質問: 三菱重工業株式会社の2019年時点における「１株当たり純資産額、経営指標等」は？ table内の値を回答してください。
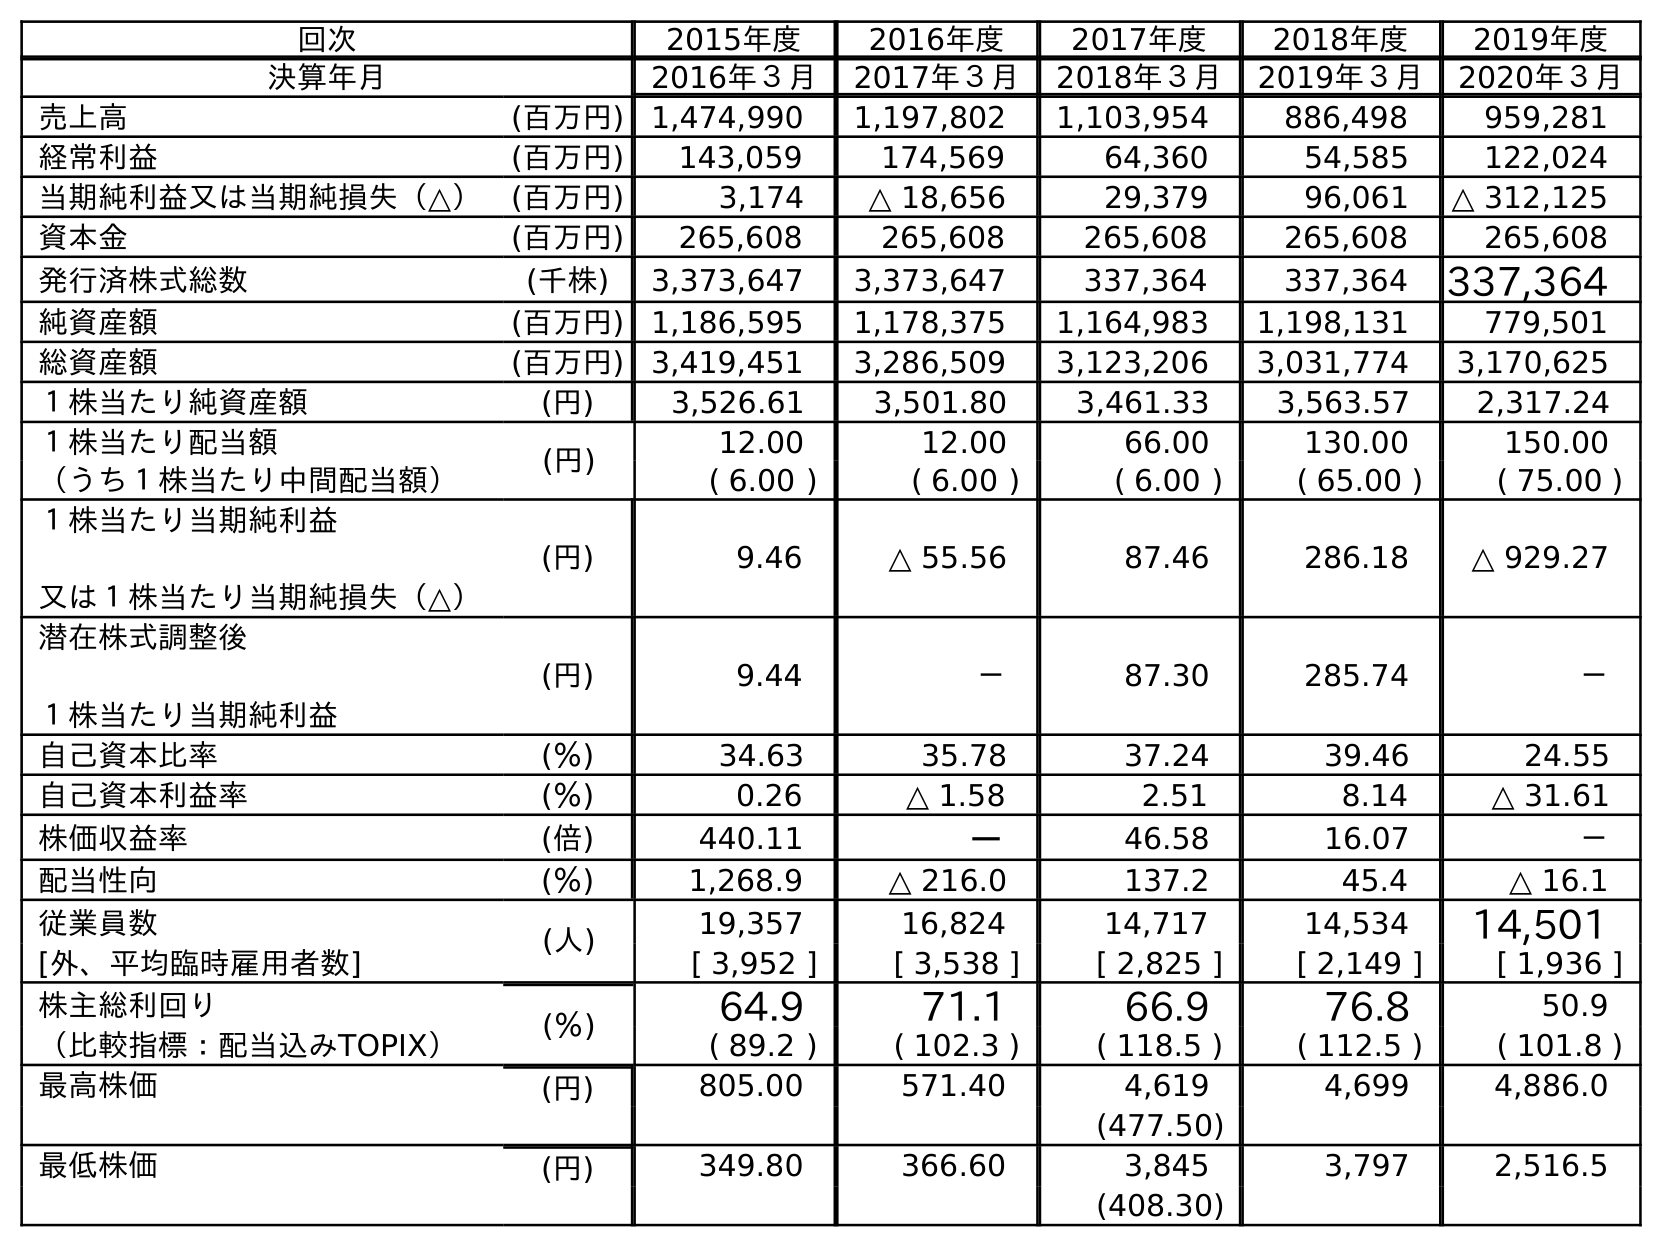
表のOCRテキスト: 回次 2015年度 2016年度 2017年度 2018年度 2019年度 決算年月 2016年３月 2017年３月 2018年３月 2019年３月 2020年３月 売上高 (百万円) 1,474,990 1,197,802 1,103,954 886,498 959,281 経常利益 (百万円) 143,059 174,569 64,360 54,585 122,024 当期純利益又は当期純損失（△） (百万円) 3,174 △ 18,656 29,379 96,061 △ 312,125 資本金 (百万円) 265,608 265,608 265,608 265,608 265,608 発行済株式総数 (千株) 3,373,647 3,373,647 337,364 337,364 337,364 純資産額 (百万円) 1,186,595 1,178,375 1,164,983 1,198,131 779,501 総資産額 (百万円) 3,419,451 3,286,509 3,123,206 3,031,774 3,170,625 １株当たり純資産額 (円) 3,526.61 3,501.80 3,461.33 3,563.57 2,317.24 １株当たり配当額 (円) 12.00 12.00 66.00 130.00 150.00 （うち１株当たり中間配当額） ( 6.00 ) ( 6.00 ) ( 6.00 ) ( 65.00 ) ( 75.00 ) １株当たり当期純利益 又は１株当たり当期純損失（△） (円) 9.46 △ 55.56 87.46 286.18 △ 929.27 潜在株式調整後 １株当たり当期純利益 (円) 9.44 － 87.30 285.74 － 自己資本比率 (％) 34.63 35.78 37.24 39.46 24.55 自己資本利益率 (％) 0.26 △ 1.58 2.51 8.14 △ 31.61 株価収益率 (倍) 440.11 － 46.58 16.07 － 配当性向 (％) 1,268.9 △ 216.0 137.2 45.4 △ 16.1 従業員数 (人) 19,357 16,824 14,717 14,534 14,501 [外、平均臨時雇用者数] [ 3,952 ] [ 3,538 ] [ 2,825 ] [ 2,149 ] [ 1,936 ] 株主総利回り (％) 64.9 71.1 66.9 76.8 50.9 （比較指標：配当込みTOPIX） ( 89.2 ) ( 102.3 ) ( 118.5 ) ( 112.5 ) ( 101.8 ) 最高株価 (円) 805.00 571.40 4,619 4,699 4,886.0 (477.50) 最低株価 (円) 349.80 366.60 3,845 3,797 2,516.5 (408.30)
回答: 3,563.57